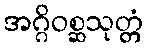
အဂ္ဂိဝစ္ဆသုတ္တံ